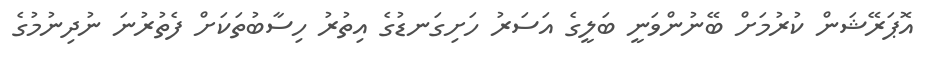
އޮޕަރޭޝަން ކުރުމަށް ބޭނުންވަނީ ބަލީގެ އަސަރު ހަށިގަނޑުގެ އިތުރު ހިސާބުތަކަށް ފެތުރުނަ ނުދިނުމުގެ